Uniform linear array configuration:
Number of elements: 16
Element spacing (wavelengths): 1
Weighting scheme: hann
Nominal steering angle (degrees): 45
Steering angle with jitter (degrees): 45.185
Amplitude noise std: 0.05
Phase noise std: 0.05

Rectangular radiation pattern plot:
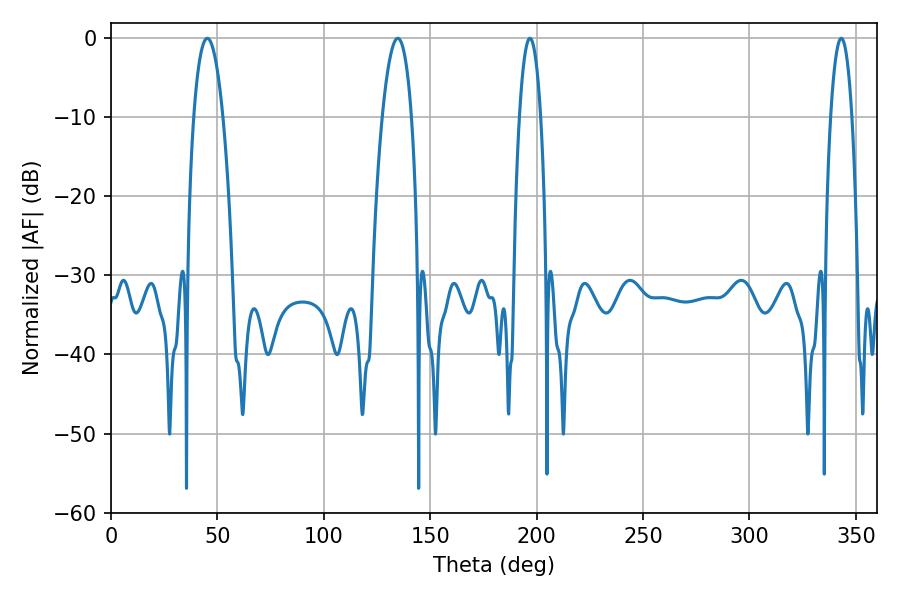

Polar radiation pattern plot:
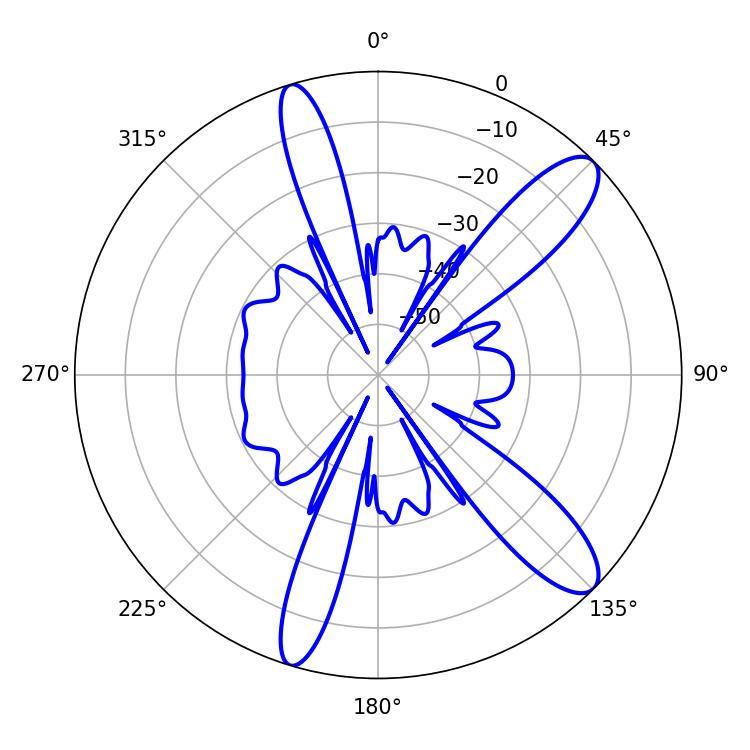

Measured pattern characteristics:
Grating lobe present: TRUE
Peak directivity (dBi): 11.484
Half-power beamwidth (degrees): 7.56
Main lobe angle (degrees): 45.18